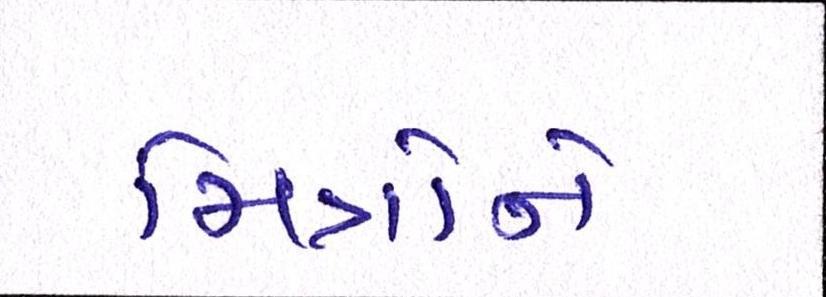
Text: મિત્રોને